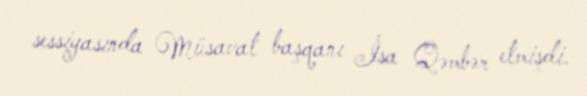
sessiyasında Müsavat başqanı İsa Qəmbər etmişdi.